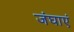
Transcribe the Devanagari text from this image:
जंघाएं